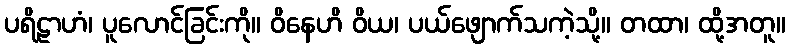
ပရိဠာဟံ၊ ပူလောင်ခြင်းကို။ ဝိနေဟိ ဝိယ၊ ပယ်ဖျောက်သကဲ့သို့။ တထာ၊ ထို့အတူ။